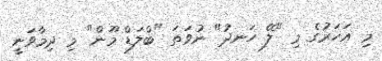
މި އަހަރުގެ މި "ލޭ ހަނދު" ނުވަތަ "ބްލަޑް މޫން" މި ދިމާވަނީ